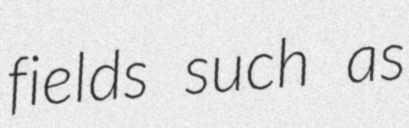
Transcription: fields such as